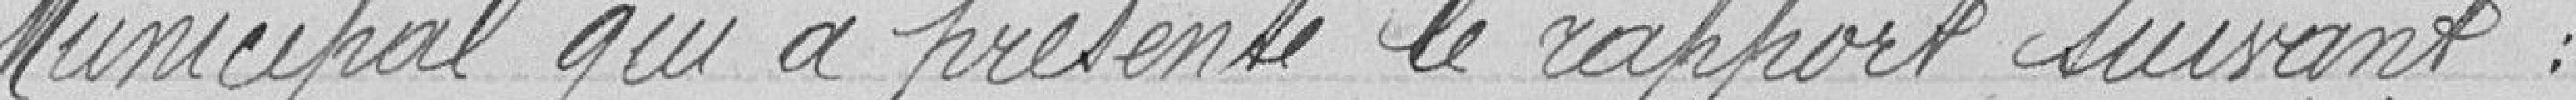
Municipal qui a présenté le rapport suivant :